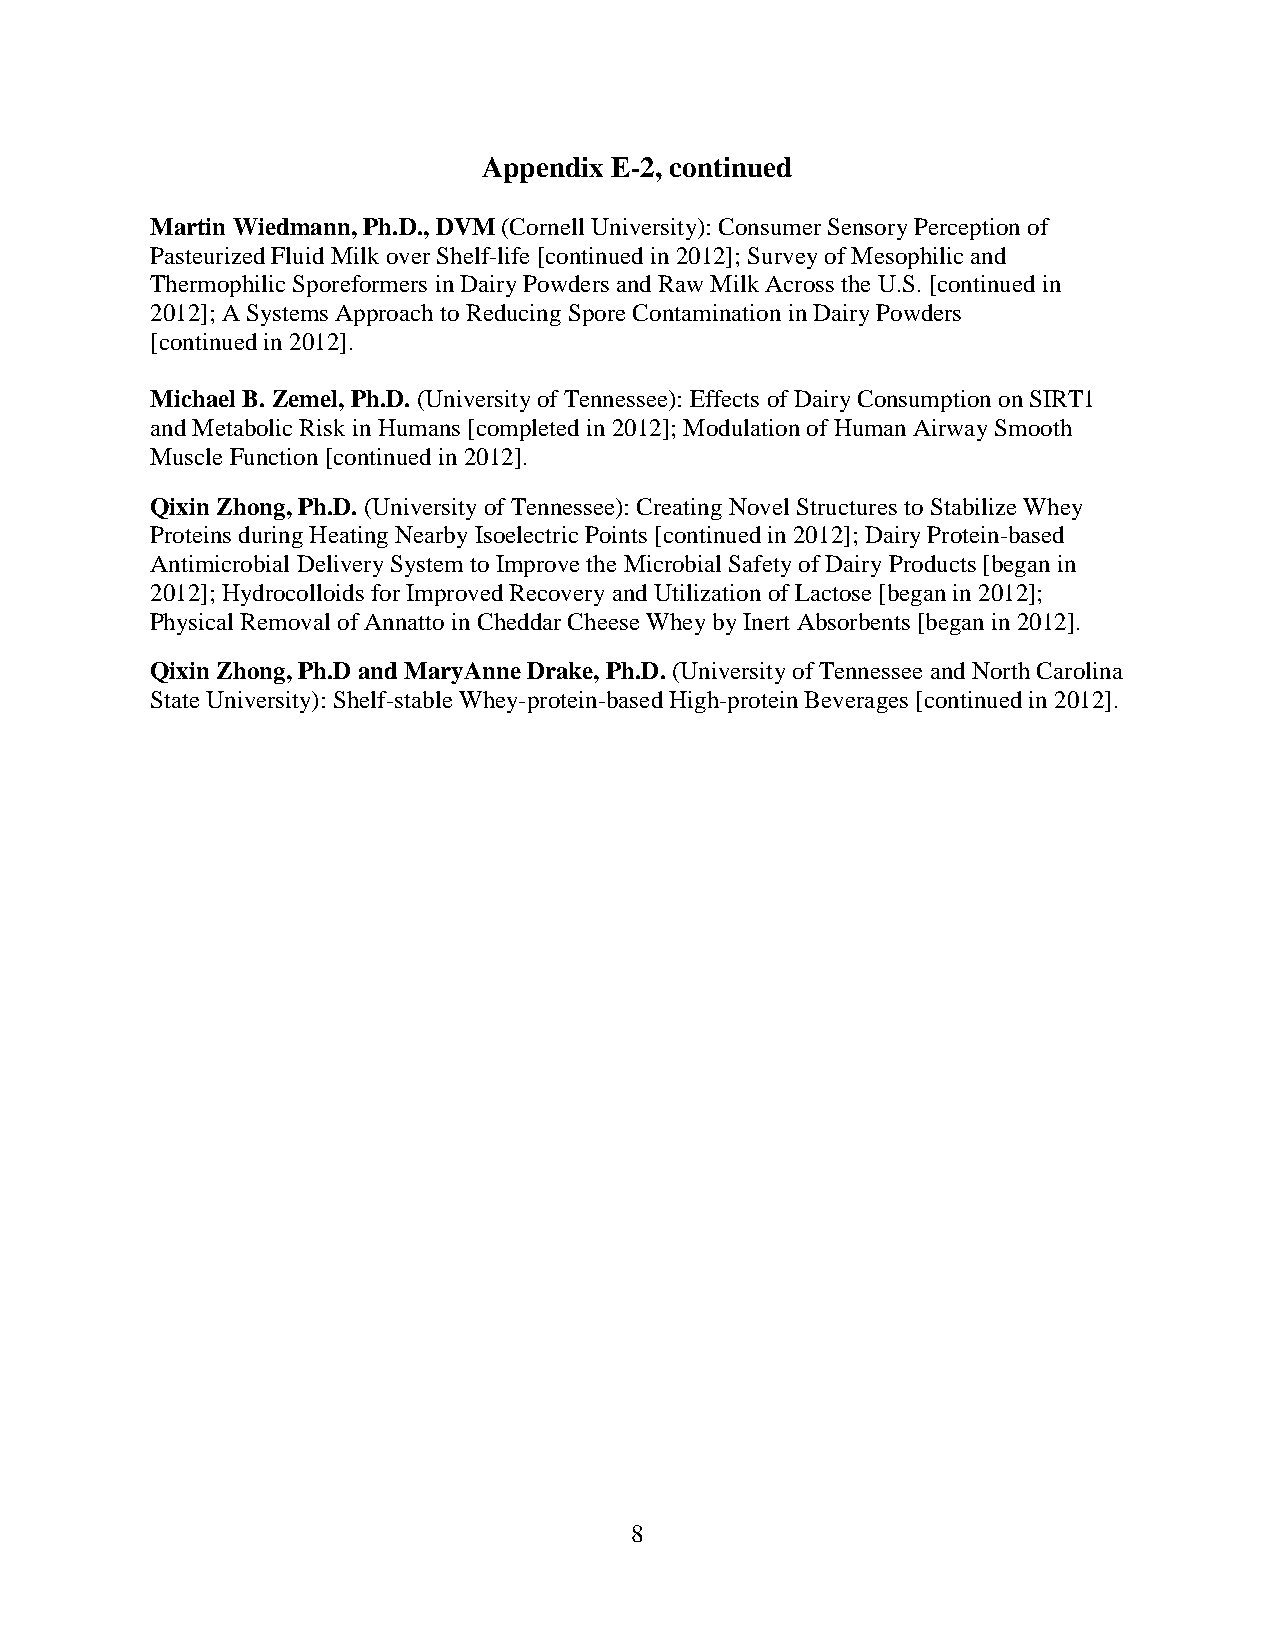
Appendix E-2, continued
 Martin Wiedmann, Ph.D., DVM (Cornell University): Consumer Sensory Perception of
 Pasteurized Fluid Milk over Shelf-life [continued in 2012]; Survey of Mesophilic and
 Thermophilic Sporeformers in Dairy Powders and Raw Milk Across the U.S. [continued in
 2012]; A Systems Approach to Reducing Spore Contamination in Dairy Powders
 [continued in 2012].
 Michael B. Zemel, Ph.D. (University of Tennessee): Effects of Dairy Consumption on SIRT1
 and Metabolic Risk in Humans [completed in 2012]; Modulation of Human Airway Smooth
 Muscle Function [continued in 2012].
 Qixin Zhong, Ph.D. (University of Tennessee): Creating Novel Structures to Stabilize Whey
 Proteins during Heating Nearby Isoelectric Points [continued in 2012]; Dairy Protein-based
 Antimicrobial Delivery System to Improve the Microbial Safety of Dairy Products [began in
 2012]; Hydrocolloids for Improved Recovery and Utilization of Lactose [began in 2012];
 Physical Removal of Annatto in Cheddar Cheese Whey by Inert Absorbents [began in 2012].
 Qixin Zhong, Ph.D and MaryAnne Drake, Ph.D. (University of Tennessee and North Carolina
 State University): Shelf-stable Whey-protein-based High-protein Beverages [continued in 2012].
 8